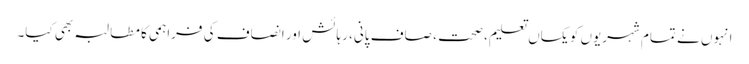
انہوں نے تمام شہریوں کو یکساں تعلیم، صحت ، صاف پانی، رہائش اور انصاف کی فراہمی کا مطالبہ بھی کیا۔